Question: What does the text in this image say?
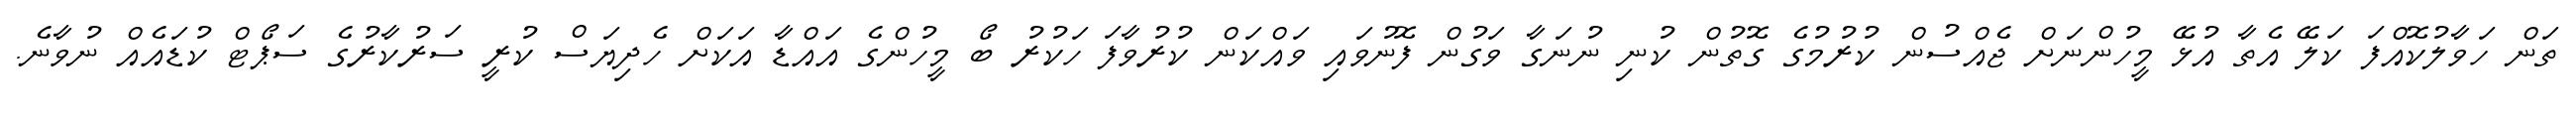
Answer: ތަން ހަވާލުކޮއްފަ ކަލޭ އެތާ އުޅޭ މީހުންނަށް ޖެއްސުން ކުރުމުގެ ގޮތުން ކުނި ނުނަގާ ވަގުން ފޮނުވައި ވައްކަން ކުރުވާފަ ހަކުރު ބޯ މީހުންގެ އައްޑާ އަކަށް ހެދިޔަސް ކުރީ ސަރުކާރުގެ ސަޕޯޓް ކުޑައެއް ނުވާނެ.